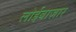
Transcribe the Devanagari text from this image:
लोईबाज़ार